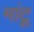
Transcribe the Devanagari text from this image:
मांटू